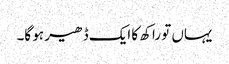
یہاں تو راکھ کا ایک ڈھیر ہو گا۔